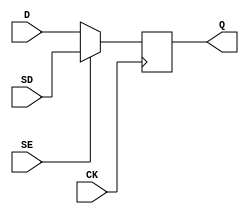
`timescale 1ns / 1ps

/*
* -----------------------------------------------------------------
* COMPANY : Ruhr University Bochum
* DOCUMENT: https://doi.org/10.46586/tches.v2021.i1.305-342
* -----------------------------------------------------------------
*
* Copyright (c) 2020, Amir Moradi, Aein Rezaei Shahmirzadi
*
* All rights reserved.
*
* THIS SOFTWARE IS PROVIDED BY THE COPYRIGHT HOLDERS AND CONTRIBUTORS "AS IS" AND
* ANY EXPRESS OR IMPLIED WARRANTIES, INCLUDING, BUT NOT LIMITED TO, THE IMPLIED
* WARRANTIES OF MERCHANTABILITY AND FITNESS FOR A PARTICULAR PURPOSE ARE
* DISCLAIMED. IN NO EVENT SHALL THE COPYRIGHT HOLDER OR CONTRIBUTERS BE LIABLE FOR ANY
* DIRECT, INDIRECT, INCIDENTAL, SPECIAL, EXEMPLARY, OR CONSEQUENTIAL DAMAGES
* (INCLUDING, BUT NOT LIMITED TO, PROCUREMENT OF SUBSTITUTE GOODS OR SERVICES;
* LOSS OF USE, DATA, OR PROFITS; OR BUSINESS INTERRUPTION) HOWEVER CAUSED AND
* ON ANY THEORY OF LIABILITY, WHETHER IN CONTRACT, STRICT LIABILITY, OR TORT
* (INCLUDING NEGLIGENCE OR OTHERWISE) ARISING IN ANY WAY OUT OF THE USE OF THIS
* SOFTWARE, EVEN IF ADVISED OF THE POSSIBILITY OF SUCH DAMAGE.
*
* Please see LICENSE and README for license and further instructions.
*/

module HDSDFPQ1 (D, SD, SE, CK, Q);
	input  D, SD, SE, CK;
	output Q;
	reg Q;
	
	always @ ( posedge CK)
		if (SE) begin
			Q <= SD;
		end else begin
			Q <= D;
		end

endmodule